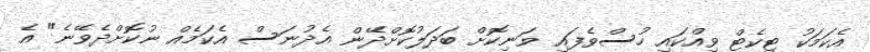
އެކަމަކު ޓިކެޓް ވިއްކައި ހުސްވެފައި ވަނިކޮށް ބަދަލުކޮށްދޭން އެދުނަސް އެކަމެއް ނުކޮށްދެވޭނެ" އެ